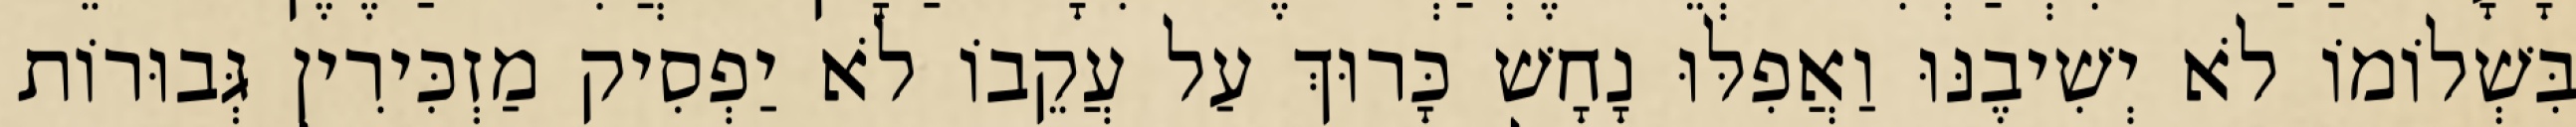
בִּשְׁלוֹמוֹ לֹא יְשִׁיבֶנּוּ וַאֲפִלּוּ נָחָשׁ כָּרוּךְ עַל עֲקֵבוֹ לֹא יַפְסִיק מַזְכִּירִין גְּבוּרוֹת